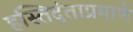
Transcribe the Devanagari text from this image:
हस्तिदंताप्रमाणे